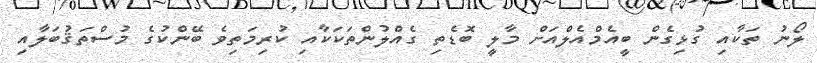
ލޯނު ތަކާއި ގުޅިގެން ބީއެމްއެލްއަށް މާލީ ބޮޑެތި ގެއްލުންތަކަކާއި ކުރިމަތިވެ ބޭންކުގެ މުސްތަޤުބަލާއި